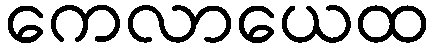
ကေလာယေထ